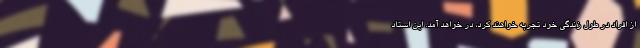
از افراد در طول زندگی خود تجربه خواهند کرد، در خواهد آمد. این استاد